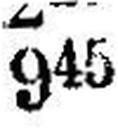
945